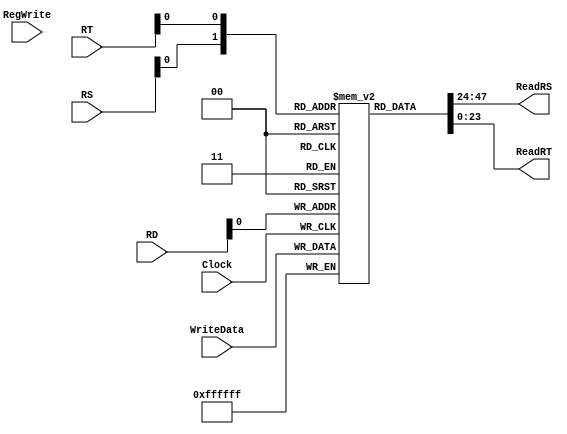
`timescale 1ns / 1ps
//////////////////////////////////////////////////////////////////////////////////
// Company: 
// Engineer: 
// 
// Design Name: 
// Module Name: MulRegFile
// Project Name: 
// Target Devices: 
// Tool Versions: 
// Description: 
// 
// Dependencies: 
// 
// Revision:
// Revision 0.01 - File Created
// Additional Comments:
// 
//////////////////////////////////////////////////////////////////////////////////


module MulRegFile(
input wire[3:0] RS,
input wire[3:0] RT,
input wire[3:0] RD,
input wire[23:0] WriteData,
input wire RegWrite,
input wire Clock,
output wire[23:0] ReadRS,
output wire[23:0] ReadRT
    );
    
reg[23:0] Registers[1:0];

//Reseto te gjithe regjistrat ne 0
integer i;
initial 
begin
for(i=0;i<16;i=i+1)
   Registers[i] <= 24'd0;
end

//Shkruaj ne regjiter
always @(posedge Clock)
begin
Registers[RD] <= WriteData;
end

//lexo regjistrat ReadData1, ReadData2
assign ReadRS = Registers[RS];
assign ReadRT = Registers[RT];


endmodule